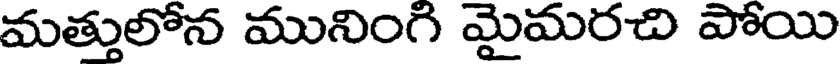
మత్తులోన మునింగి మైమరచి పోయి